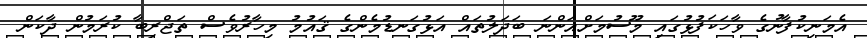
އެމަނިކުފާނުގެ ވާހަކަފުޅުގައި މޫސުމަށްއަންނަ ބަދަލުތައް އަޅުގަނޑުމެންގެ ޤައުމު މިހާރުވެސް ތަޖްރިބާ ކުރަމުން ދާކަން